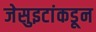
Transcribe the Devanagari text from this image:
जेसुइटांकडून